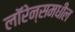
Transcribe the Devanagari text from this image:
लॉरेन्समधील